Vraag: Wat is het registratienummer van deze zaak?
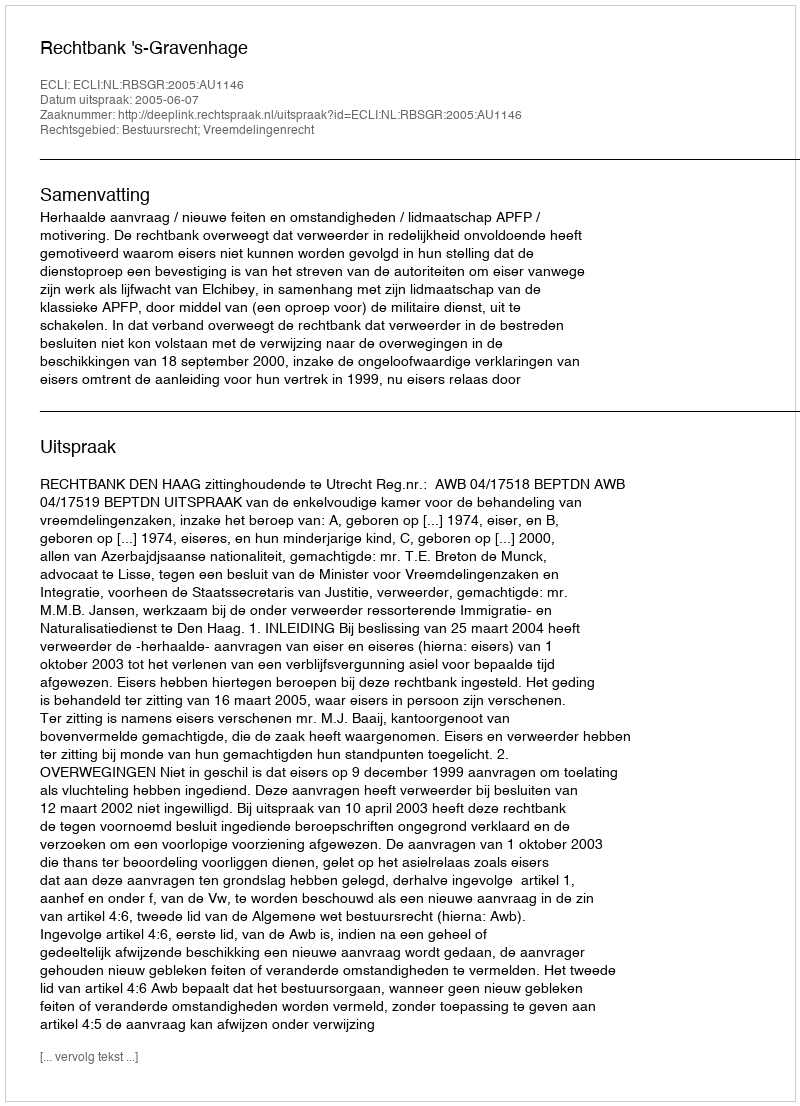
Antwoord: http://deeplink.rechtspraak.nl/uitspraak?id=ECLI:NL:RBSGR:2005:AU1146